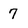
Character: 7